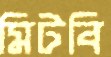
মিটবি